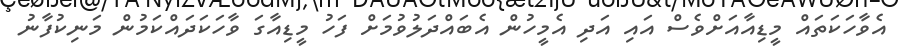
އެވާހަކަތައް މީޑިއާއަށްވެސް އައި އަދި އެމީހުން އެބައްދަލުވުމަށް ފަހު މީޑިއާގަ ވާހަކަދައްކަމުން މަނިކުފާނު